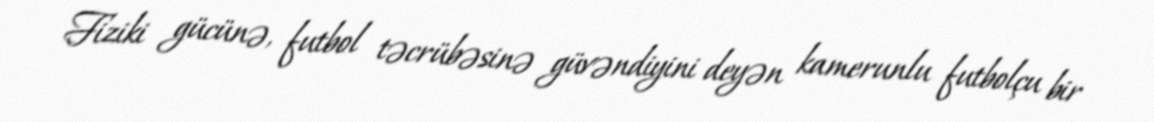
Fiziki gücünə, futbol təcrübəsinə güvəndiyini deyən kamerunlu futbolçu bir